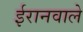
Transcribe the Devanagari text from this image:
ईरानवाले